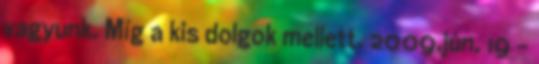
vagyunk. Míg a kis dolgok mellett. 2009.jún. 19 –